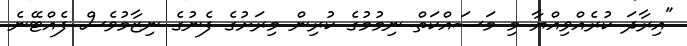
"އިރާދަ ކުރެއްވިއްޔާ މި މަސައްކަތް ނިމުމުގެ ކުރިން މިރަށުގެ ފެނުގެ ނިޒާމުވެސް ފެއްޓޭނެ